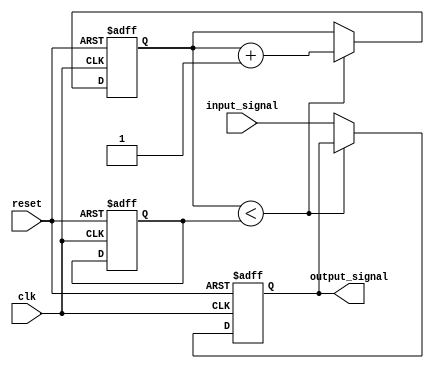
module Buffer_Delay (
    input wire clk,  // input clock signal
    input wire reset,  // input reset signal
    input wire input_signal,  // input signal to be delayed
    output reg output_signal  // output delayed signal
);

reg [7:0] buffer_delay = 8'b00000000;  // specified delay of 8 cycles
reg [7:0] delay_counter = 8'b00000000;  // delay counter

always @(posedge clk or posedge reset) begin
    if (reset) begin
        delay_counter <= 8'b00000000;  // reset delay counter
        buffer_delay <= 8'b00000000;  // reset buffer delay
        output_signal <= 1'b0;  // initialize output signal
    end else begin
        if (delay_counter < buffer_delay) begin
            delay_counter <= delay_counter + 1;  // increment delay counter
        end else begin
            output_signal <= input_signal;  // output delayed signal
        end
    end
end

endmodule